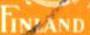
FINLAND